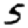
Digit: 5